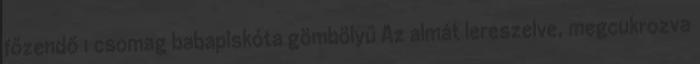
főzendő 1 csomag babapiskóta gömbölyű Az almát lereszelve, megcukrozva